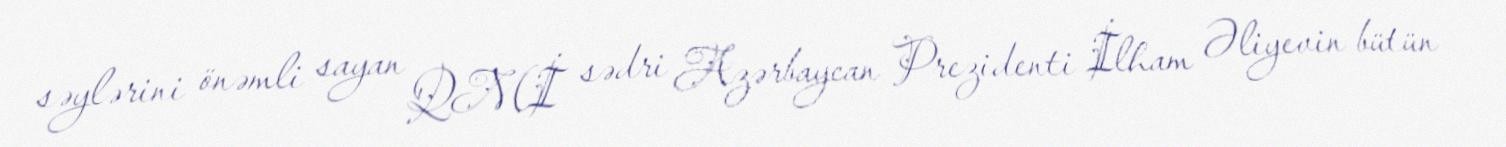
səylərini önəmli sayan QMİ sədri Azərbaycan Prezidenti İlham Əliyevin bütün